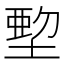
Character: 𡏍